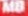
MB